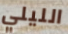
الليلي